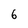
Character: 6